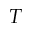
T